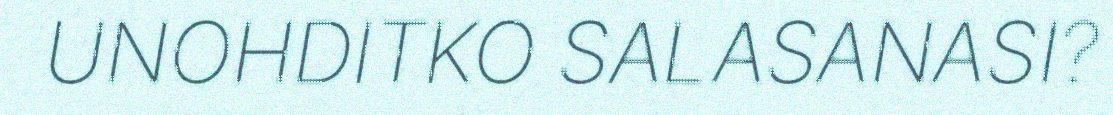
UNOHDITKO SALASANASI?